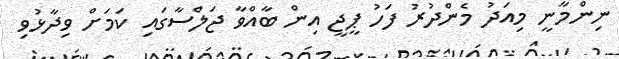
ނިންމާނީ މިއަދު މެންދުރު ފަހު ޕީޖީ އިން ބާއްވާ ޖަލްސާގައި ކަމަށް ވިދާޅުވި